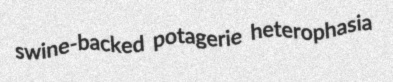
swine-backed potagerie heterophasia